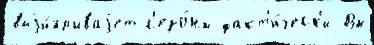
выjи́грываjет с'езо́ны факт'и́ческ'и Вы